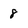
Character: 8